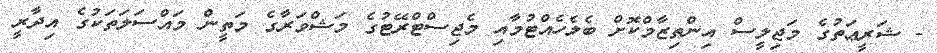
- ޝަރީޢަތުގެ މަޖިލީސް އިންތިޒާމްކޮށް ބެލެހެއްޓުމާއި މެޖިސްޓްރޭޓުގެ މަޝްވަރާގެ މަތީން މައްސަލަތަކުގެ އިދާރީ